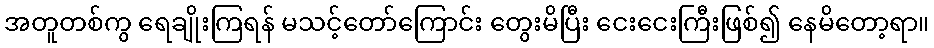
အတူတစ်ကွ ရေချိုးကြရန် မသင့်တော်ကြောင်း တွေးမိပြီး ငေးငေးကြီးဖြစ်၍ နေမိတော့ရာ။